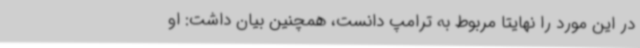
در این مورد را نهایتا مربوط به ترامپ دانست، همچنین بیان داشت: او